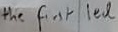
Text: the first led